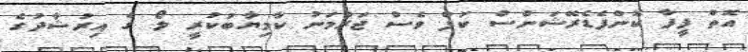
އޮތް ފީފާ ކޮންފެޑެރޭޝަންސް ކަޕް ވެސް ޖަރުމަނު ކާމިޔާބުކުރީ ލޯ ގެ އިރުޝާދުގެ